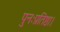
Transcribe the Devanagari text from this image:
पुनःप्रतिष्ठा।